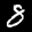
Label: 8